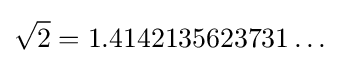
{\sqrt {2}}=1.4142135623731\ldots